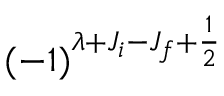
( - 1 ) ^ { \lambda + J _ { i } - J _ { f } + \frac { 1 } { 2 } }